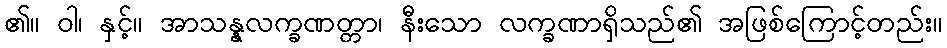
၏။ ဝါ၊ နှင့်။ အာသန္နလက္ခဏတ္တာ၊ နီးသော လက္ခဏာရှိသည်၏ အဖြစ်ကြောင့်တည်း။